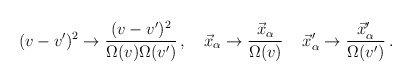
\begin{align*}(v-v')^2 \rightarrow \frac{(v-v')^2}{\Omega(v)\Omega(v')} \, ,\quad \vec{x}_\alpha \rightarrow \frac{\vec{x}_\alpha}{\Omega(v)}\, \quad \vec{x}'_\alpha \rightarrow\frac{\vec{x}'_\alpha}{\Omega(v')} \, .\end{align*}